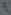
۹